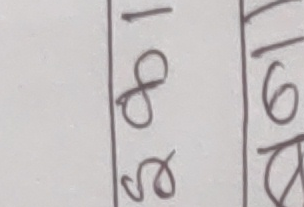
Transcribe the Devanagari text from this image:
1 1
8 6
९ ८